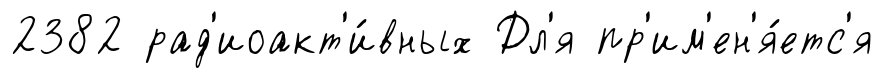
2382 рад'иоакт'и́вных Дл'я пр'им'ен'я́етс'я